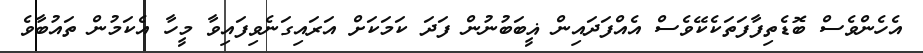
އެހެންވެސް ބޮޑެތިފާފަތަކެކޭވެސް އެއްފަދައިން ޣީބަބުނުން ފަދަ ކަމަކަށް އަރައިގަނެވިފައިވާ މީހާ އެކަމުން ތައުބާވެ